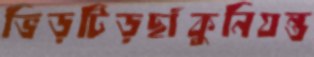
ভিড়টিড়ছাঁকুনিযন্ত